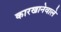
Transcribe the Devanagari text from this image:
कारखानेवाले